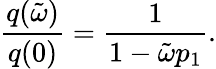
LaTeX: \frac{q(\tilde{\omega})}{q(0)}=\frac{1}{1-\tilde{\omega}p_{1}}.